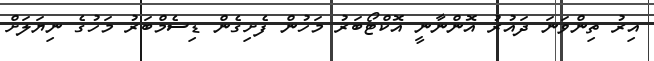
އިރު ތިންވަނަ ދައުރު އޮންނާނީ އޮކްޓޯބަރު މަހުން ފެށިގެން ޑިސެމްބަރު މަހުގެ ނިޔަލަށް